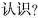
认识?